Civil Veterinary Department Bihar & Orissa reports 1922-29 - 1922-1929
Year: 1922
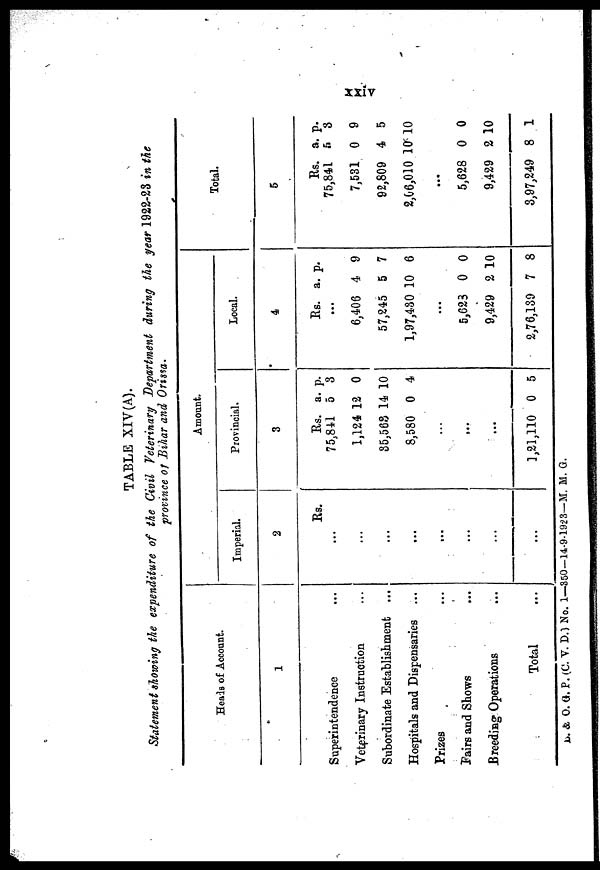
TABLE XIV(A).
Statement showing the expenditure of the Civil Veterinary Department during the year 1922-23 in the
province of Bihar and Orissa.
Heads of Account.
1
Superintendence
Veterinary Instruction
Subordinate Establishment ...
Hospitals and Dispensaries ...
Prizes ...
Pairs and Shows ...
Breeding Operations ...
Total ...
Amount.
Imperial.
2
Rs.
...
...
...
...
...
...
...
Provincial.
3
Rs.
75,841
1,124
85,563
8,580
...
...
...
1,21,110
a.
5
12
14
0
0
p.
3
0
10
4
5
Local.
4
Rs.
...
6,406
57,245
1,97,430
...
5,623
9,429
2,76,139
a.
4
5
10
0
2
7
p.
9
7
6
0
10
8
Total.
5
Rs.
75,841
7,531
92,809
2,06,010
...
5,628
9,429
3,97,249
a.
5
0
4
l0
0
2
8
p.
3
9
5
10
0
10
1
A. & O. G. P. (C. V. D.) No. 1—350-14-9-1923—M. M. G.